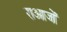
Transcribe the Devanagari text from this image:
राआजों